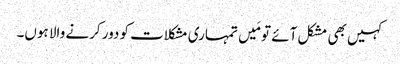
کہیں بھی مشکل آئے تو مَیں تمہاری مشکلات کو دور کرنے والا ہوں۔